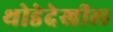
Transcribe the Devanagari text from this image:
थोडेदेखील